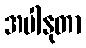
အပါနုတာ